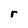
Character: r